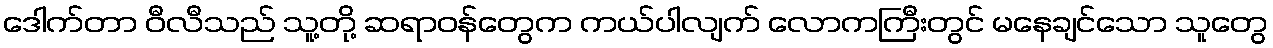
ဒေါက်တာ ဝီလီသည် သူ့တို့ ဆရာဝန်တွေက ကယ်ပါလျက် လောကကြီးတွင် မနေချင်သော သူတွေ